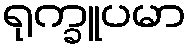
ရုက္ခူပမာ